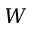
W